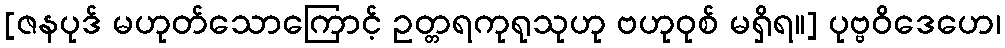
[ဇနပုဒ် မဟုတ်သောကြောင့် ဥတ္တရကုရုသုဟု ဗဟုဝုစ် မရှိရ။] ပုဗ္ဗဝိဒေဟေ၊